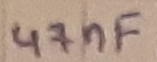
Text: 47nF